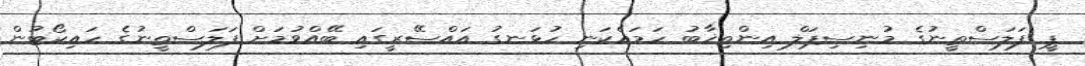
ޕީ ފަލަސްތީނުގެ މުނިސިޕަލް އިންތިޚާބު ހަމައެކަނި ހުޅަނގު އައްސޭރީގައި ބޭއްވުމަށް ފަލަސްތީނުގެ ހައިކޯޓުން